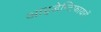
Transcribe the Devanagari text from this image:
आइडेन्टिफायरों